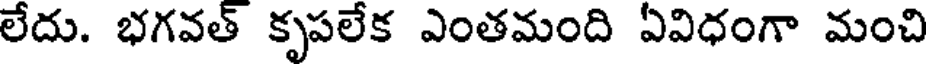
లేదు. భగవత్ కృపలేక ఎంతమంది ఏవిధంగా మంచి